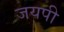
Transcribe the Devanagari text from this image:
जयपी